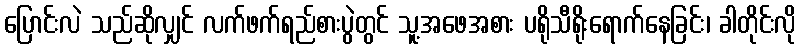
ပြောင်းလဲ သည်ဆိုလျှင် လက်ဖက်ရည်စားပွဲတွင် သူ့အဖေအစား ပရိုသီရိုးရောက်နေခြင်း၊ ခါတိုင်းလို